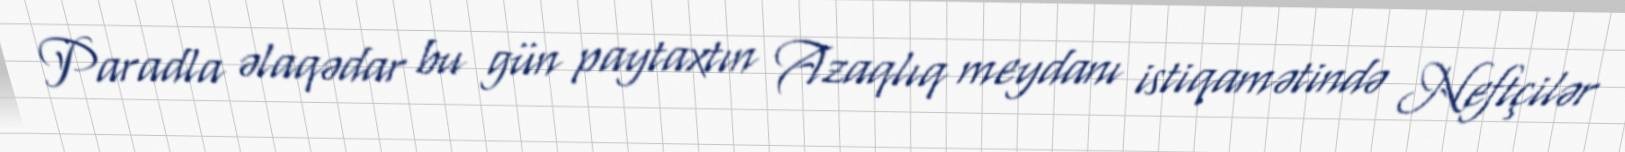
Paradla əlaqədar bu gün paytaxtın Azaqlıq meydanı istiqamətində Neftçilər